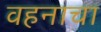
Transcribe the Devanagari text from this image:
वहनाचा